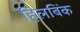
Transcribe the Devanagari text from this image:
हिलबिंक